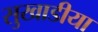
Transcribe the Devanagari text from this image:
सुखाडीया